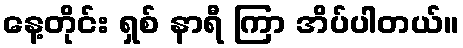
နေ့တိုင်း ရှစ် နာရီ ကြာ အိပ်ပါတယ်။